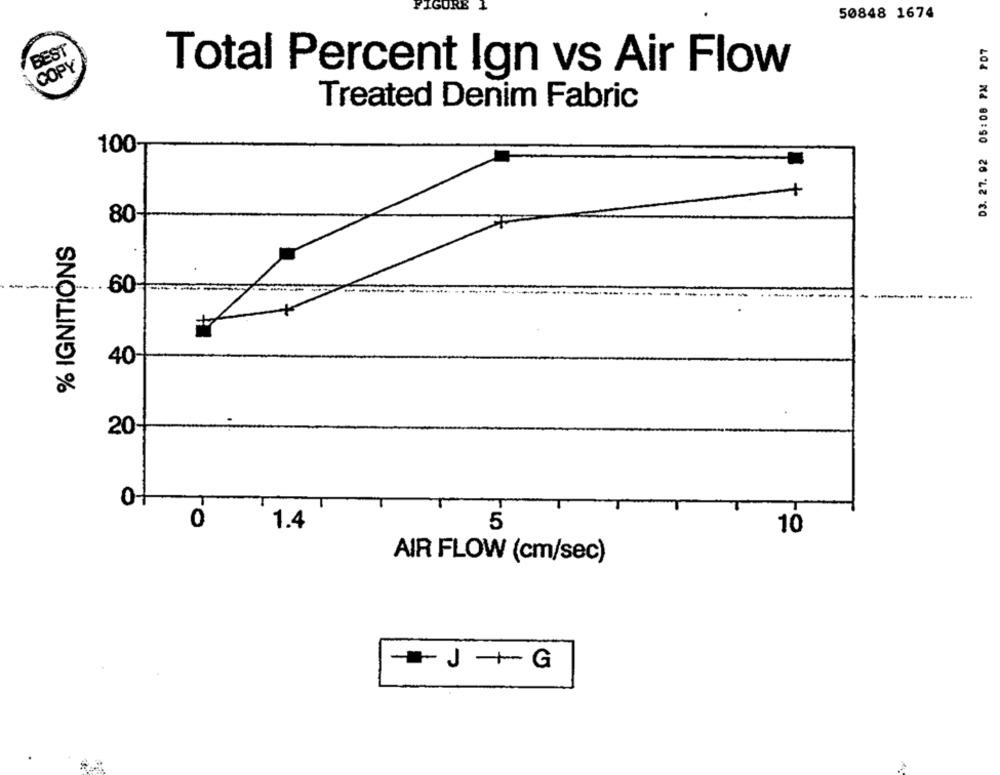
FIGURE
50848 1674
03. 27. 92 05:08 PM PDT
BEST
COPY
Total Percent Ign vs Air Flow
Treated Denim Fabric
100-
80-
% IGNITIONS
----
. 60-
-------
40
20-
ro
1.4
5
10
AIR FLOW (cm/sec)
-JG